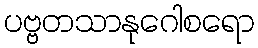
ပဗ္ဗတသာနုဂေါစရော